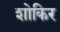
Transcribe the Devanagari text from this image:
शोकिर